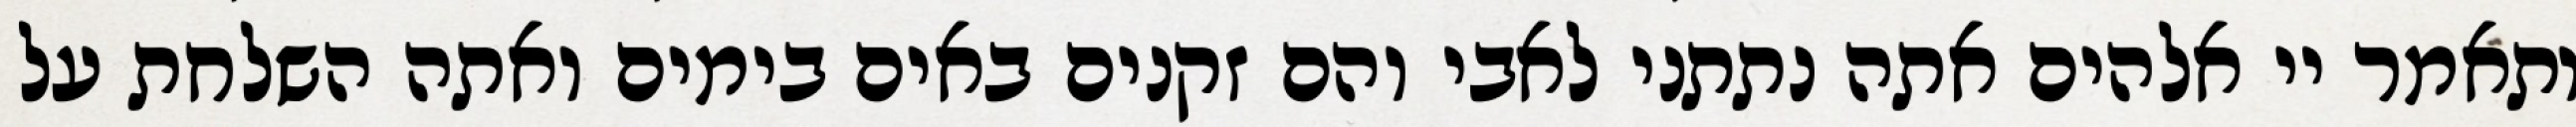
ותאמר יי אלהים אתה נתתני לאבי והם זקנים באים בימים ואתה השלחת על